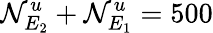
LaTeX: \mathcal{N}_{E_{2}}^{u}+\mathcal{N}_{E_{1}}^{u}=500